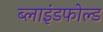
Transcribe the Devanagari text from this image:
ब्लाइंडफोल्ड